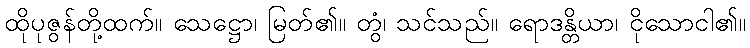
ထိုပုဇွန်တို့ထက်။ သေဋ္ဌော၊ မြတ်၏။ တွံ၊ သင်သည်။ ရောဒန္တိယာ၊ ငိုသောငါ၏။